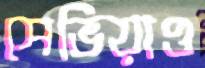
সেভিয়াও